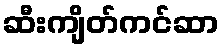
ဆီးကျိတ်ကင်ဆာ